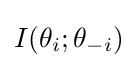
I(\theta _{i};\theta _{-i})